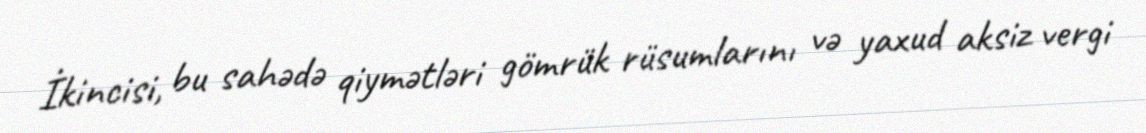
İkincisi, bu sahədə qiymətləri gömrük rüsumlarını və yaxud aksiz vergi